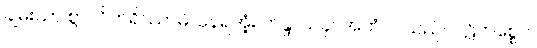
ချမ်းသာ စွာ။ ဝိဟရိဿာမိ၊ နေရအံ့။ ဟန္ဒ၊ ယခု။ အဟံ၊ ငါသည်။ ပဋိကစ္စေဝ၊